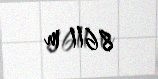
8611 m